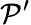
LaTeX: \mathcal{P}^{\prime}